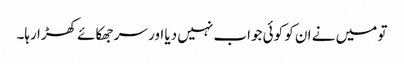
تو میں نے ان کو کوئی جواب نہیں دیا اور سر جھکائے کھڑا رہا۔